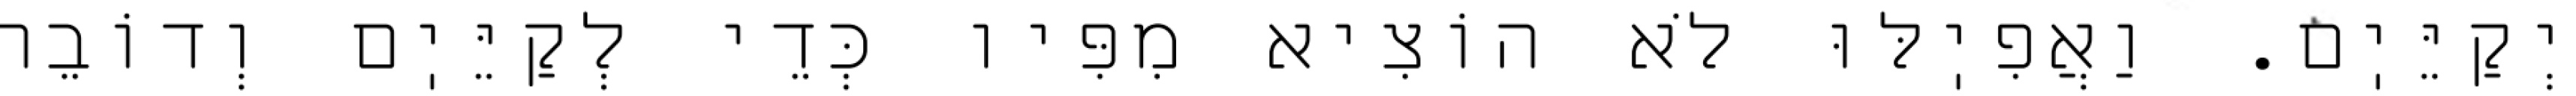
יְקַיֵּיֽם. וַאֲפִיֽלּוּ לֹא הוֹצִיא מִפִּיו כְּדֵי לְקַיֵּיֽם וְדוֹבֵר